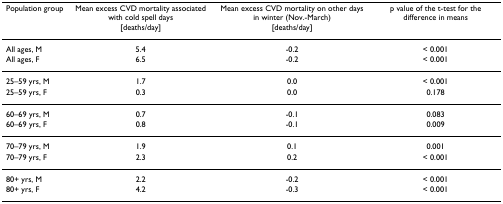
| Population group | Mean excess CVD mortality associated with cold spell days[deaths/day] | Mean excess CVD mortality on other days in winter (Nov.-March)[deaths/day] | p value of the t-test for the difference in means |
 | --- | --- | --- | --- |
 | All ages, M | 5.4 | -0.2 | < 0.001 |
 | All ages, F | 6.5 | -0.2 | < 0.001 |
 | 25–59 yrs, M | 1.7 | 0.0 | < 0.001 |
 | 25–59 yrs, F | 0.3 | 0.0 | 0.178 |
 | 60–69 yrs, M | 0.7 | -0.1 | 0.083 |
 | 60–69 yrs, F | 0.8 | -0.1 | 0.009 |
 | 70–79 yrs, M | 1.9 | 0.1 | 0.001 |
 | 70–79 yrs, F | 2.3 | 0.2 | < 0.001 |
 | 80+ yrs, M | 2.2 | -0.2 | < 0.001 |
 | 80+ yrs, F | 4.2 | -0.3 | < 0.001 |